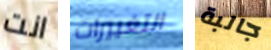
انت التغييرات جالبة